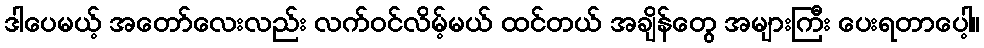
ဒါပေမယ့် အတော်လေးလည်း လက်ဝင်လိမ့်မယ် ထင်တယ် အချိန်တွေ အများကြီး ပေးရတာပေါ့။